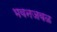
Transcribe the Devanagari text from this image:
भवनजवळ